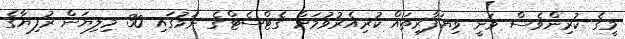
މީގެ ކުރިންވެސް ވަނީ ވިޔަފާރިތައް ކުރިއެރުވުމަށް ގެޓްސެޓްގެ ނަމުގައި 30 މިލިޔަން ރުފިޔާގެ